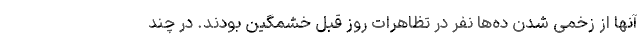
آنها از زخمی شدن ده‌ها نفر در تظاهرات روز قبل خشمگین بودند. در چند